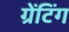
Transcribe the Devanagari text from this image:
ग्रेंटिंग